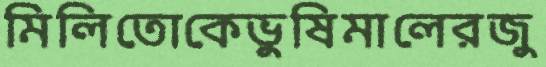
মিলিতোকেভুষিমালেরজু